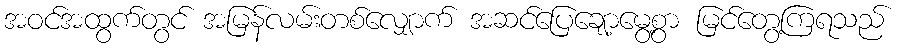
အဝင်အထွက်တွင် အမြန်လမ်းတစ်လျှောက် အဆင်ပြေချော့မွေ့စွာ မြင်တွေ့ကြရသည်